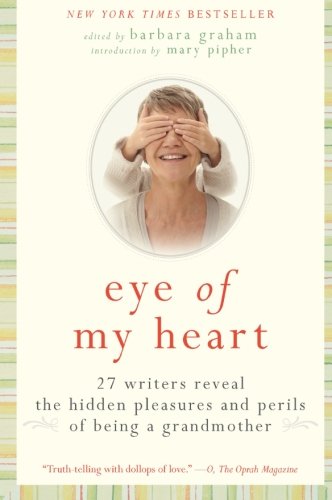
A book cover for Eye of My Heart: 27 Writers Reveal the Hidden Pleasures and Perils of Being a Grandmother; Barbara Graham; Parenting & Relationships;